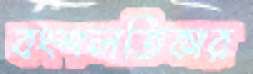
বংশলতিকার